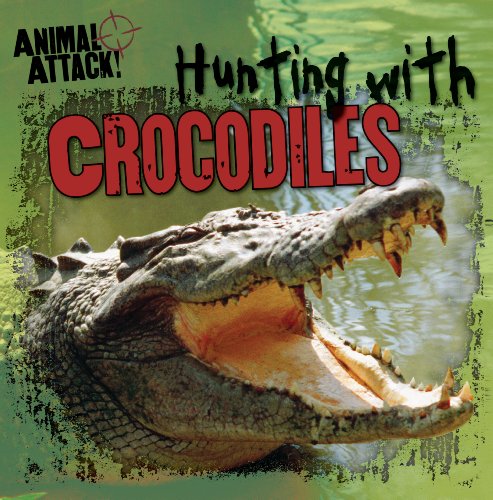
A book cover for Hunting With Crocodiles (Animal Attack!); Stephanie Saia; Children's Books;